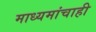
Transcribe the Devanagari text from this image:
माध्यमांचाही